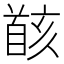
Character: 𩠚